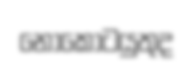
නොකොටයුතුද